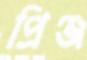
প্রিঞ্জ